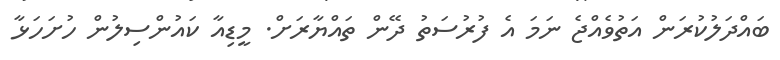
ބައްދަލުކުރަން އަތުވެއްޖެ ނަމަ އެ ފުރުސަތު ދޭން ތައްޔާރަށް. މީޑިއާ ކައުންސިލުން ހުށަހަޅާ